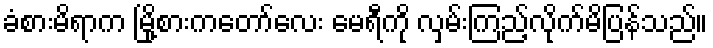
ခံစားမိရာက မြို့စားကတော်လေး မေရီကို လှမ်းကြည့်လိုက်မိပြန်သည်။